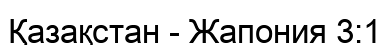
Қазақстан - Жапония 3:1